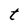
Character: t